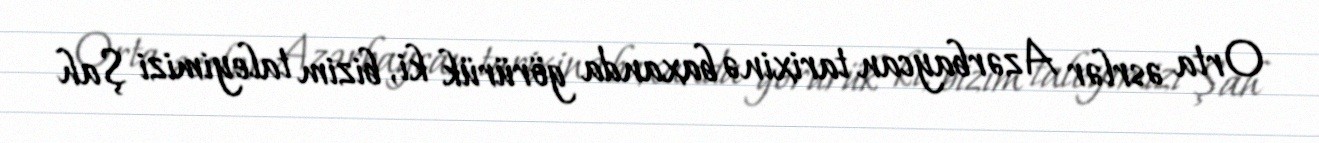
Orta əsrlər Azərbaycan tarixinə baxanda görürük ki, bizim taleyimizi Şah